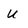
Character: u